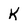
Character: K